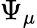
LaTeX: \Psi_{\mu}